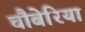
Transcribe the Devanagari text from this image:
चौबेरिया